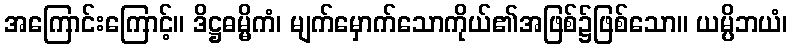
အကြောင်းကြောင့်။ ဒိဋ္ဌဓမ္မိကံ၊ မျက်မှောက်သောကိုယ်၏အဖြစ်၌ဖြစ်သော။ ယမ္ပိဘယံ၊